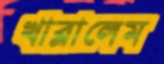
খাব্‌লালেম